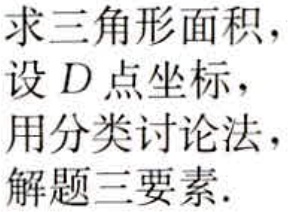
求三角形面积，
设 \(D\) 点坐标，
用分类讨论法，
解题三要素.